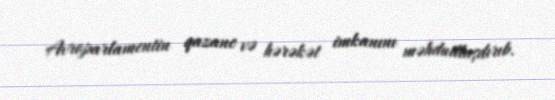
Avroparlamentin qazanc və hərəkət imkanını məhdudlaşdırıb.